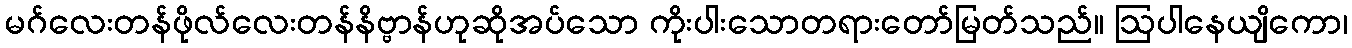
မဂ်လေးတန်ဖိုလ်လေးတန်နိဗ္ဗာန်ဟုဆိုအပ်သော ကိုးပါးသောတရားတော်မြတ်သည်။ ဩပါနေယျိကော၊